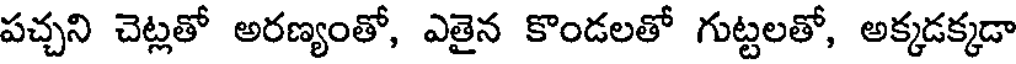
పచ్చని చెట్లతో అరణ్యంతో, ఎతైన కొండలతో గుట్టలతో, అక్కడక్కడా